Annual report on the working of the lock hospitals in the Central Provinces
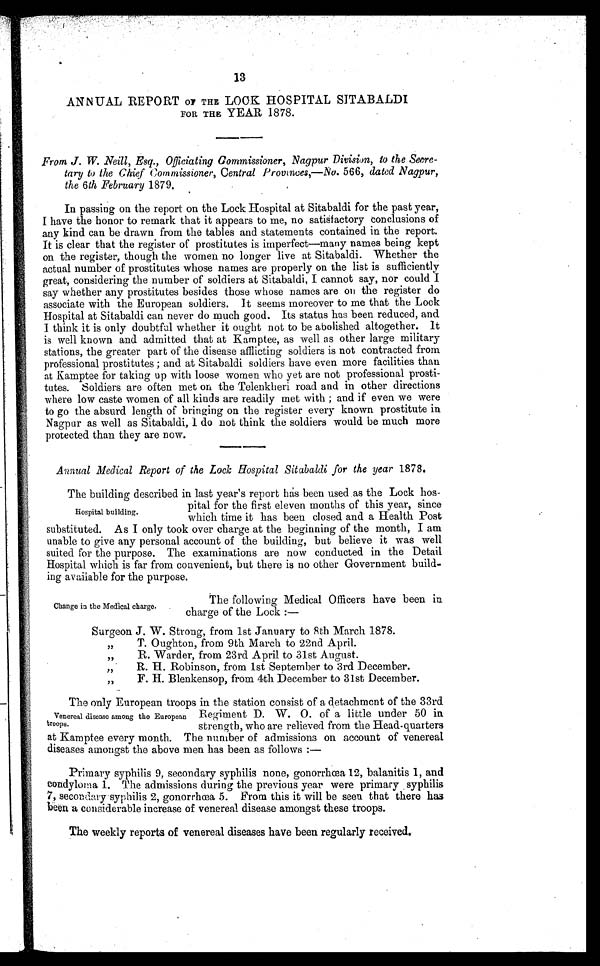
13
ANNUAL REPORT of THE LOOK HOSPITAL SITABALDI
FOR THE YEAR 1878.
From J. W. Neill, Esq., Officiating Commissioner, Nagpur Division, to the Secre-
tary to the Chief Commissioner, Central Provinces,—No. 566, dated Nagpur,
the 6th February 1879.
In passing on the report on the Lock Hospital at Sitabaldi for the past year,
I have the honor to remark that it appears to me, no satisfactory conclusions of
any kind can be drawn from the tables and statements contained in the report.
It is clear that the register of prostitutes is imperfect—many names being kept
on the register, though the women no longer live at Sitabaldi. Whether the
actual number of prostitutes whose names are properly on the list is sufficiently
great, considering the number of soldiers at Sitabaldi, I cannot say, nor could I
say whether any prostitutes besides those whose names are on the register do
associate with the European soldiers. It seems moreover to me that the Lock
Hospital at Sitabaldi can never do much good. Its status has been reduced, and
I think it is only doubtful whether it ought not to be abolished altogether. It
is well known and admitted that at Kamptee, as well as other large military
stations, the greater part of the disease afflicting soldiers is not contracted from
professional prostitutes ; and at Sitabaldi soldiers have even more facilities than
at Kamptee for taking up with loose women who yet are not professional prosti-
tutes. Soldiers are often met on the Telenkheri road and in other directions
where low caste women of all kinds are readily met with ; and if even we were
to go the absurd length of bringing on the register every known prostitute in
Nagpur as well as Sitabaldi I do not think the soldiers would be much more
protected than they are now.
Annual Medical Report of the Lock Hospital Sitabaldi for the year 1878.
The building. described in last year's report has been used as the Lock hos-
pital for the first eleven months of this year, since
which time it has been closed and a Health Post
substituted. As I only took over charge at the beginning of the month, I am
unable to give any personal account of the building, but believe it was well
suited for the purpose. The examinations are now conducted in the Detail
Hospital which is far from convenient, but there is no other Government build-
ing available for the purpose.
Hospital building.
Change in the Medical charge.
The following Medical Officers have been in
charge of the Lock :—
Surgeon J. W. Strong, from 1st January to 8th March 1878.
T. Oughton, from 9th March to 22nd April.
,9
R. Warder, from 23rd April to 31st August.
.
R. H. Robinson, from 1st September to 3rd December.
1)
F. H. Blenkensop, from 4th December to 31st December.
The only European troops in the station consist of a detachment of the 33rd
Regiment D. W. 0. of a little under 50 in
strength, who are relieved from the Head-quarters
at Kamptee every month. The number of admissions on account of venereal
diseases amongst the above men has been as follows :—
Primary syphilis 9, secondary syphilis none, gonorrhœa 12, balanitis 1, and
condyloma 1. The admissions during the previous year were primary syphilis
7, secondary syphilis 2, gonorrhœa 5. From this it will be seen. that there has
been a considerable increase of venereal disease amongst these troops.
The weekly reports of venereal diseases have been regularly received.
Venereal disease among the European
troops.